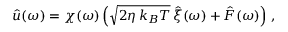
\hat { u } ( \omega ) = \chi ( \omega ) \left( \sqrt { 2 \eta \, k _ { B } T } \, \hat { \xi } ( \omega ) + \hat { F } ( \omega ) \right) \, ,